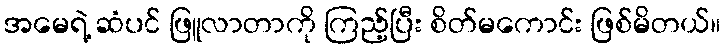
အမေရဲ့ ဆံပင် ဖြူလာတာကို ကြည့်ပြီး စိတ်မကောင်း ဖြစ်မိတယ်။